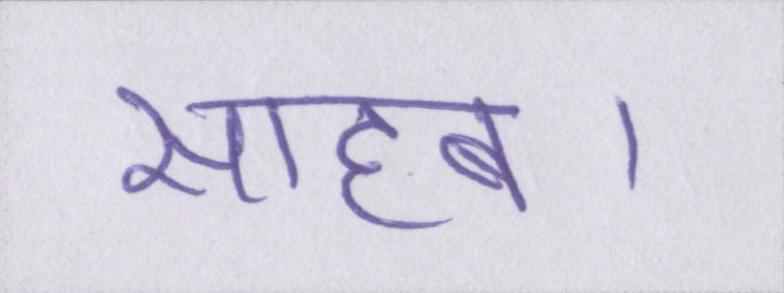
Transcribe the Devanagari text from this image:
साहब।